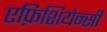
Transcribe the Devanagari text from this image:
एफ़िशियेन्सी